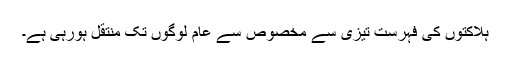
ہلاکتوں کی فہرست تیزی سے مخصوص سے عام لوگوں تک منتقل ہورہی ہے۔